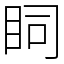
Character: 𥄶